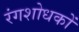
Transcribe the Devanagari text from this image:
रंगशोधकों